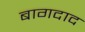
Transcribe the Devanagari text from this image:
बागदाद